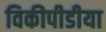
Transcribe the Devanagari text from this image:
विकीपीडीया